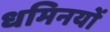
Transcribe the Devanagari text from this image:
धमिनयों